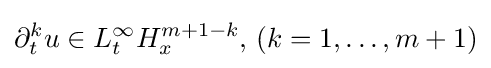
\partial _{t}^{k}u\in L_{t}^{\infty }H_{x}^{m+1-k},\,(k=1,\dots ,m+1)